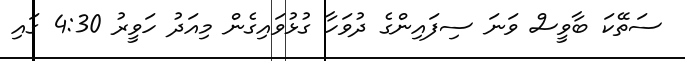
ސަތޭކަ ބާވީސް ވަނަ ސިފައިންގެ ދުވަހާ ގުޅުވައިގެން މިއަދު ހަވީރު 4:30 ގައި